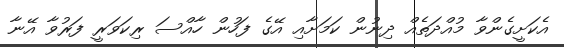
އެކަށީގެންވާ މުއްދަތެއް ދިނުން ކަމަށާއި އޭގެ ފަހުން ހާއްސަ ރިކަވަރީ ފަރުވާ އޭނާ